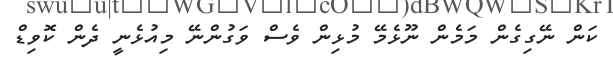
ކަން ނޭގިގެން މަމެން ނޫޅެމޭ މުޅިން ވެސް ވަގުންނޭ މިއުޅެނީ ދެން ކޮވިޑް